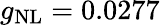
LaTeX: g_{\mathrm{NL}}=0.0277